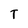
Character: T